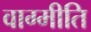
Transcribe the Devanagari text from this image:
वाग्मीति